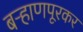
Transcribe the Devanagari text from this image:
बऱ्हाणपूरकर